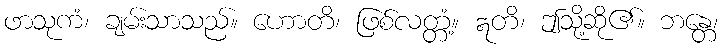
ဖာသုကံ၊ ချမ်းသာသည်။ ဟောတိ၊ ဖြစ်လတ္တံ့။ ဣတိ၊ ဤသို့ဆို၏။ ဘန္တေ၊